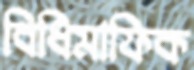
বিধিমাফিক